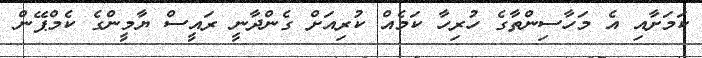
ކަމަށާއި އެ މަހާސިންތާގެ ހުރިހާ ކަމެއް ކުރިއަށް ގެންދާނީ ރައީސް ޔާމީންގެ ކެމްޕޭން